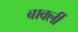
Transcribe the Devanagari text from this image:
बार्क्ली